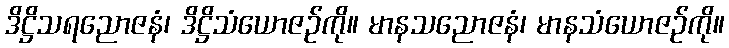
ဒိဋ္ဌိသရညောဇနံ၊ ဒိဋ္ဌိသံယောဇဉ်ကို။ မာနသညောဇနံ၊ မာနသံယောဇဉ်ကို။